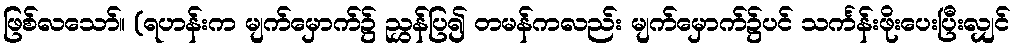
ဖြစ်လသော်။ (ရဟန်းက မျက်မှောက်၌ ညွှန်ပြ၍ တမန်ကလည်း မျက်မှောက်၌ပင် သင်္ကန်းဖိုးပေးပြီးလျှင်